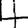
Digit: 4